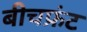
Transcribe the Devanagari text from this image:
बीचफ्रंट